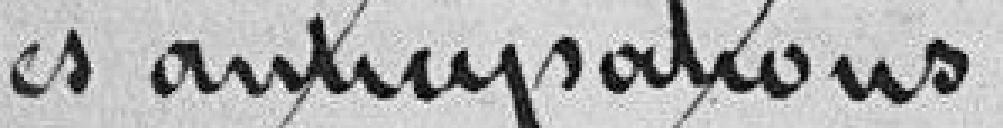
des anticipations